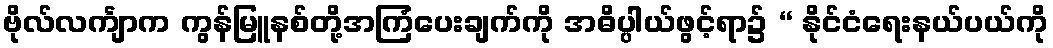
ဗိုလ်လင်္ကျာက ကွန်မြူနစ်တို့အကြံပေးချက်ကို အဓိပ္ပါယ်ဖွင့်ရာ၌ “ နိုင်ငံရေးနယ်ပယ်ကို